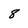
Character: 8